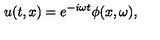
u ( t , x ) = e ^ { - i \omega t } \phi ( x , \omega ) ,